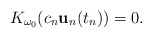
\begin{align*}K_{\omega_0} (c_n {\bf u}_{n}(t_n))=0. \end{align*}